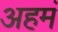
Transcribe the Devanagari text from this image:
अहमं